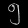
Digit: ၅